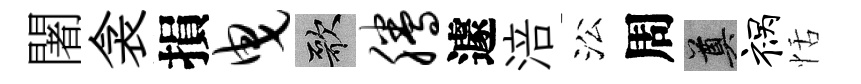
闍衾損曳歌腾遽涪㳂周奠祸恬